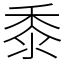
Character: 黍